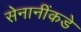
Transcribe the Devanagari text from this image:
सेनानींकडे